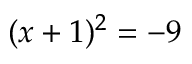
( x + 1 ) ^ { 2 } = - 9